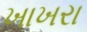
ખાખરા